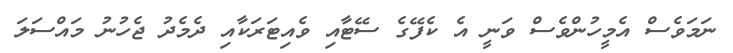
ނަމަވެސް އެމީހުންވެސް ވަނީ އެ ކެފޭގެ ސޭޓާއި ވެއިޓަރަކާއި ދެމެދު ޖެހުނު މައްސަލަ